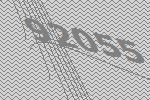
92055